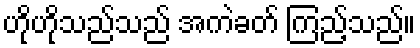
ဟိုဟိုသည်သည် အကဲခတ် ကြည့်သည်။